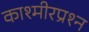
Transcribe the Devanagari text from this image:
काश्‍मीरप्रश्‍न